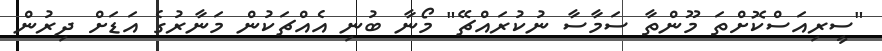
"ސީރިއަސްކޮށްތަ މޫންތާ ސަމާސާ ނުކުރައްޗޭ" މޯނާ ބުނި އެއްޗަކުން މަނާރުގެ އަޑަށް ދިރުން